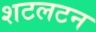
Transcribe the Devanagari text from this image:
शटलटन